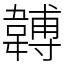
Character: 䪙